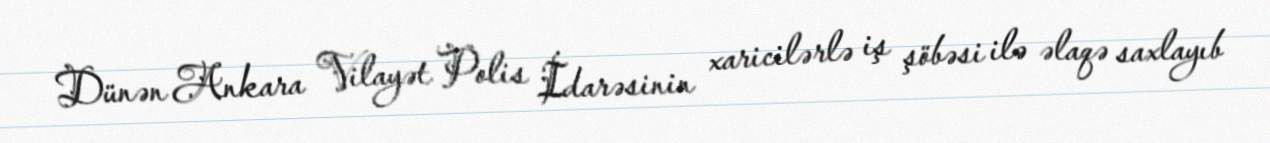
Dünən Ankara Vilayət Polis İdarəsinin xaricilərlə iş şöbəsi ilə əlaqə saxlayıb